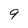
Character: 9